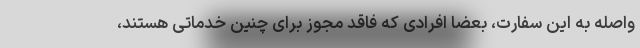
واصله به این سفارت، بعضا افرادی که فاقد مجوز برای چنین خدماتی هستند،